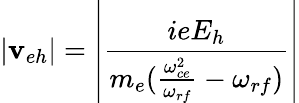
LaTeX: |\mathbf{v}_{eh}|=\left|\frac{{ieE_{h}}}{{m_{e}(\frac{{\omega_{ce}^{2}}}{{\omega_{rf}}}-\omega_{rf})}}\right|